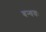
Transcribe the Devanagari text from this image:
बन्धवः